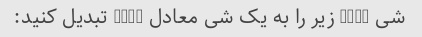
شی JSON زیر را به یک شی معادل YAML تبدیل کنید: